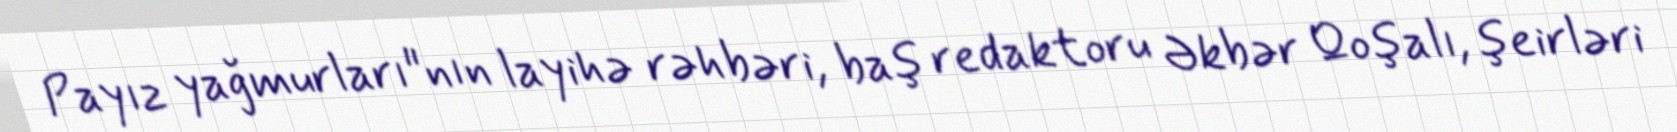
Payız yağmurları"nın layihə rəhbəri, baş redaktoru Əkbər Qoşalı, şeirləri